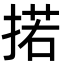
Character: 掿